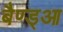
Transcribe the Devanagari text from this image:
बैण्ड्आ